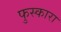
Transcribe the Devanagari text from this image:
फुस्कारा